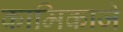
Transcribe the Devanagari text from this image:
कामिकाजे